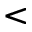
<